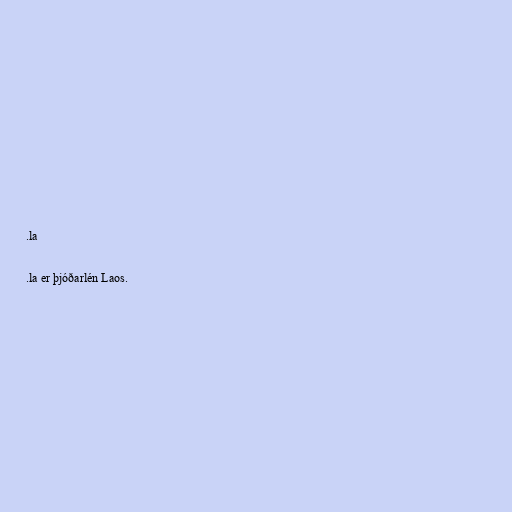
.la

.la er þjóðarlén Laos.